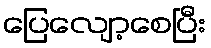
ပြေလျော့စေပြီး